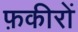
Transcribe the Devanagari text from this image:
फ़कीरों